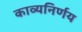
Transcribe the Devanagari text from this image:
काव्यनिर्णय